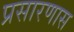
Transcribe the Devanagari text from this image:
प्रसारणास